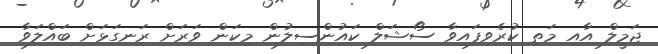
ޖަމީލް އާއި މަތި ކުރެވިފައިވާ ސޯޝަލް ކައުންސިލުން މިކަން ވަރަށް ރަނގަޅަށް ބައްލަވާ